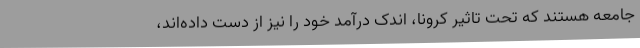
جامعه هستند که تحت تاثیر کرونا، اندک درآمد خود را نیز از دست داده‌اند،